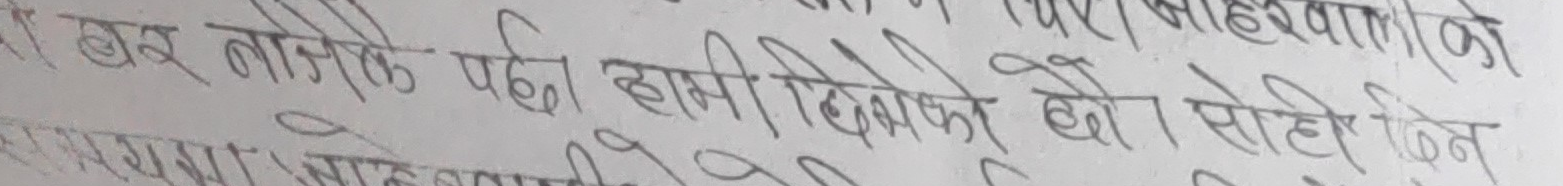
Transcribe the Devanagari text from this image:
खबर नपाएको भए हामी भिकमाको यो सोही किन